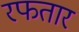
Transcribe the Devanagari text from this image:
रफतार